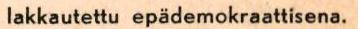
lakkautettu epädemokraattisena.